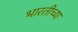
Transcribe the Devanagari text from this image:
भारतीच्या